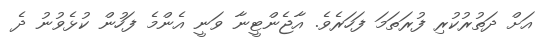
އަށް ދަތުރުކުރި ފުރަތަމަ ފަހަރެވެ. އާޖެންޓީނާ ވަނީ އެންމެ ފަހުން ކުޅެވުނު ދެ